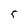
Character: r